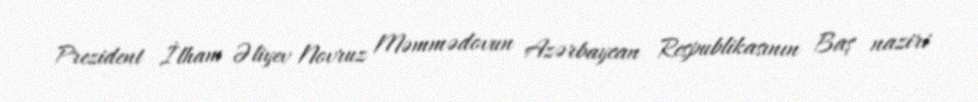
Prezident İlham Əliyev Novruz Məmmədovun Azərbaycan Respublikasının Baş naziri